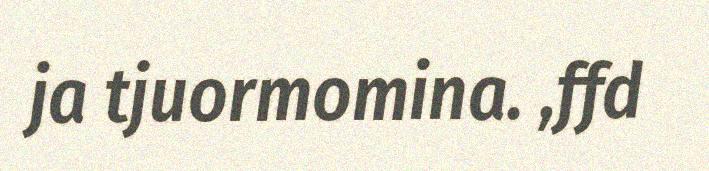
ja tjuormomina. ,ffd